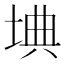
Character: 㙉